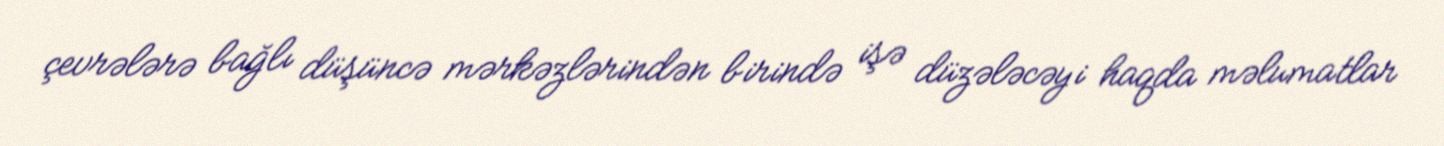
çevrələrə bağlı düşüncə mərkəzlərindən birində işə düzələcəyi haqda məlumatlar